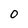
Character: O